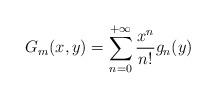
LaTeX: \begin{align*}G_m(x,y)=\sum_{n=0}^{+\infty}\frac{x^n}{n!}g_n(y)\end{align*}